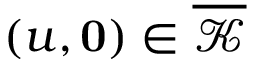
( u , \mathbf { 0 } ) \in \overline { { \mathcal { K } } }